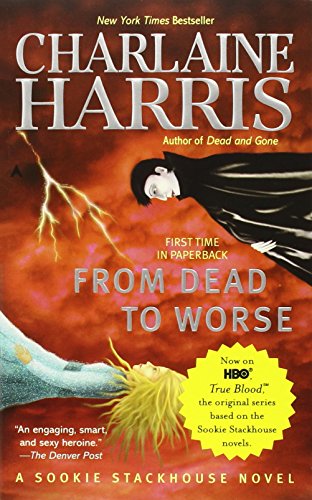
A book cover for Sookie Stackhouse 8-copy Boxed Set (Sookie Stackhouse / Southern Vampire); Charlaine Harris; Mystery, Thriller & Suspense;